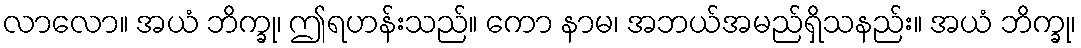
လာလော။ အယံ ဘိက္ခု၊ ဤရဟန်းသည်။ ကော နာမ၊ အဘယ်အမည်ရှိသနည်း။ အယံ ဘိက္ခု၊